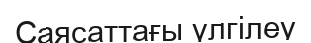
Саясаттағы үлгілеу